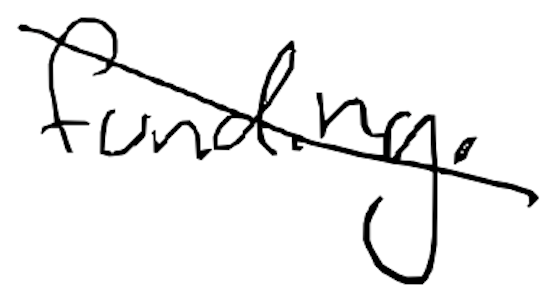
Text: funding.
Cross-out: diagonal
Writing tool: digital_black